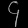
Digit: ၄